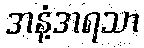
အနံ့အရသာ